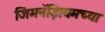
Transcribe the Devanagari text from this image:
जिमनॅझियमच्या